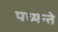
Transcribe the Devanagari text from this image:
पच्यन्ते